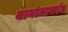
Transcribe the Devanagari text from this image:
यानामार्फात